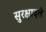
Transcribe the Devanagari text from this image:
सुरक्षादले